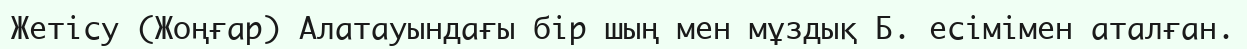
Жетісу (Жоңғар) Алатауындағы бір шың мен мұздық Б. есімімен аталған.